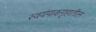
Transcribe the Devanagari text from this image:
स्वयंपाकगृहातील